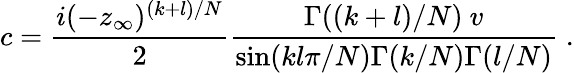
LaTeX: c={\frac{i(-z_{\infty})^{(k+l)/N}}{2}}{\frac{\Gamma((k+l)/N)~v}{\sin(kl\pi/N)\Gamma(k/N)\Gamma(l/N)}}\; .